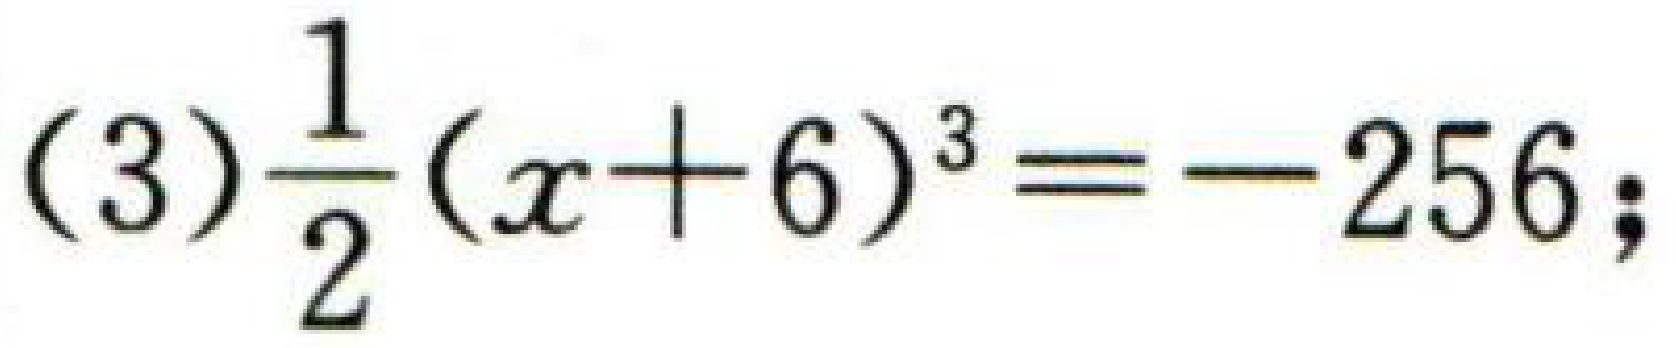
(3)$\frac{1}{2}(x + 6)^{3}=-256$;